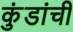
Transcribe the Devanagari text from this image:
कुंडांची